Report of the veterinary officer investigating camel disease
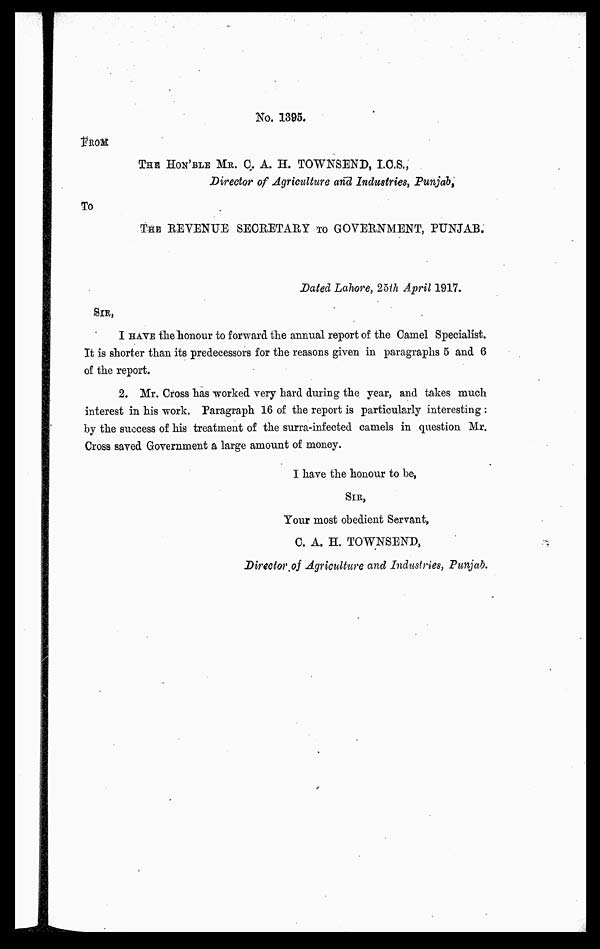
No. 1395.
FROM
THE HON'BLE MR. C. A. H. TOWNSEND, I.C.S.,
Director of Agriculture and Industries, Punjab,
To
THE REVENUE SECRETARY TO GOVERNMENT, PUNJAB.
Dated Lahore, 25th April 1917.
SIR,
I HAVE the honour to forward the annual report of the Camel Specialist.
It is shorter than its predecessors for the reasons given in paragraphs 5 and 6
of the report.
2. Mr. Cross has worked very hard during the year, and takes much
interest in his work. Paragraph 16 of the report is particularly interesting :
by the success of his treatment of the surra-infected camels in question Mr.
Cross saved Government a large amount of money.
I have the honour to be,
SIR,
Your most obedient Servant,
C. A. H. TOWNSEND,
Director of Agriculture and Industries, Punjab.